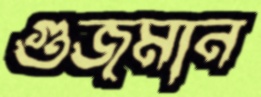
গুজমান